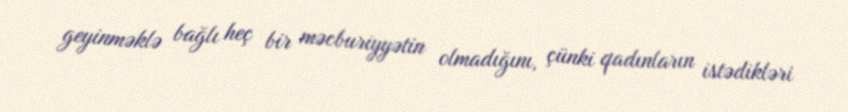
geyinməklə bağlı heç bir məcburiyyətin olmadığını, çünki qadınların istədikləri